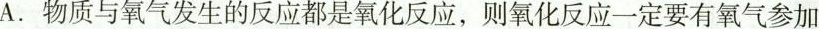
A.物质与氧气发生的反应都是氧化反应，则氧化反应一定要有氧气参加